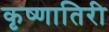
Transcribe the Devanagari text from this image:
कृष्णातिरी